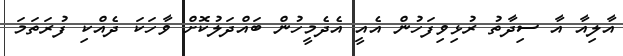
އާލިއާ އާ ސިދާތު ރުޅިވިފަހުން އެއީ އެދެމީހުން ބައްދަލުކޮށް ވާހަކަ ދެއްކި ފުރަތަމަ